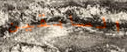
السابقين